65_HS1-834228961_62-HQ-83894_Section_5
Agency: FBI
Page 30
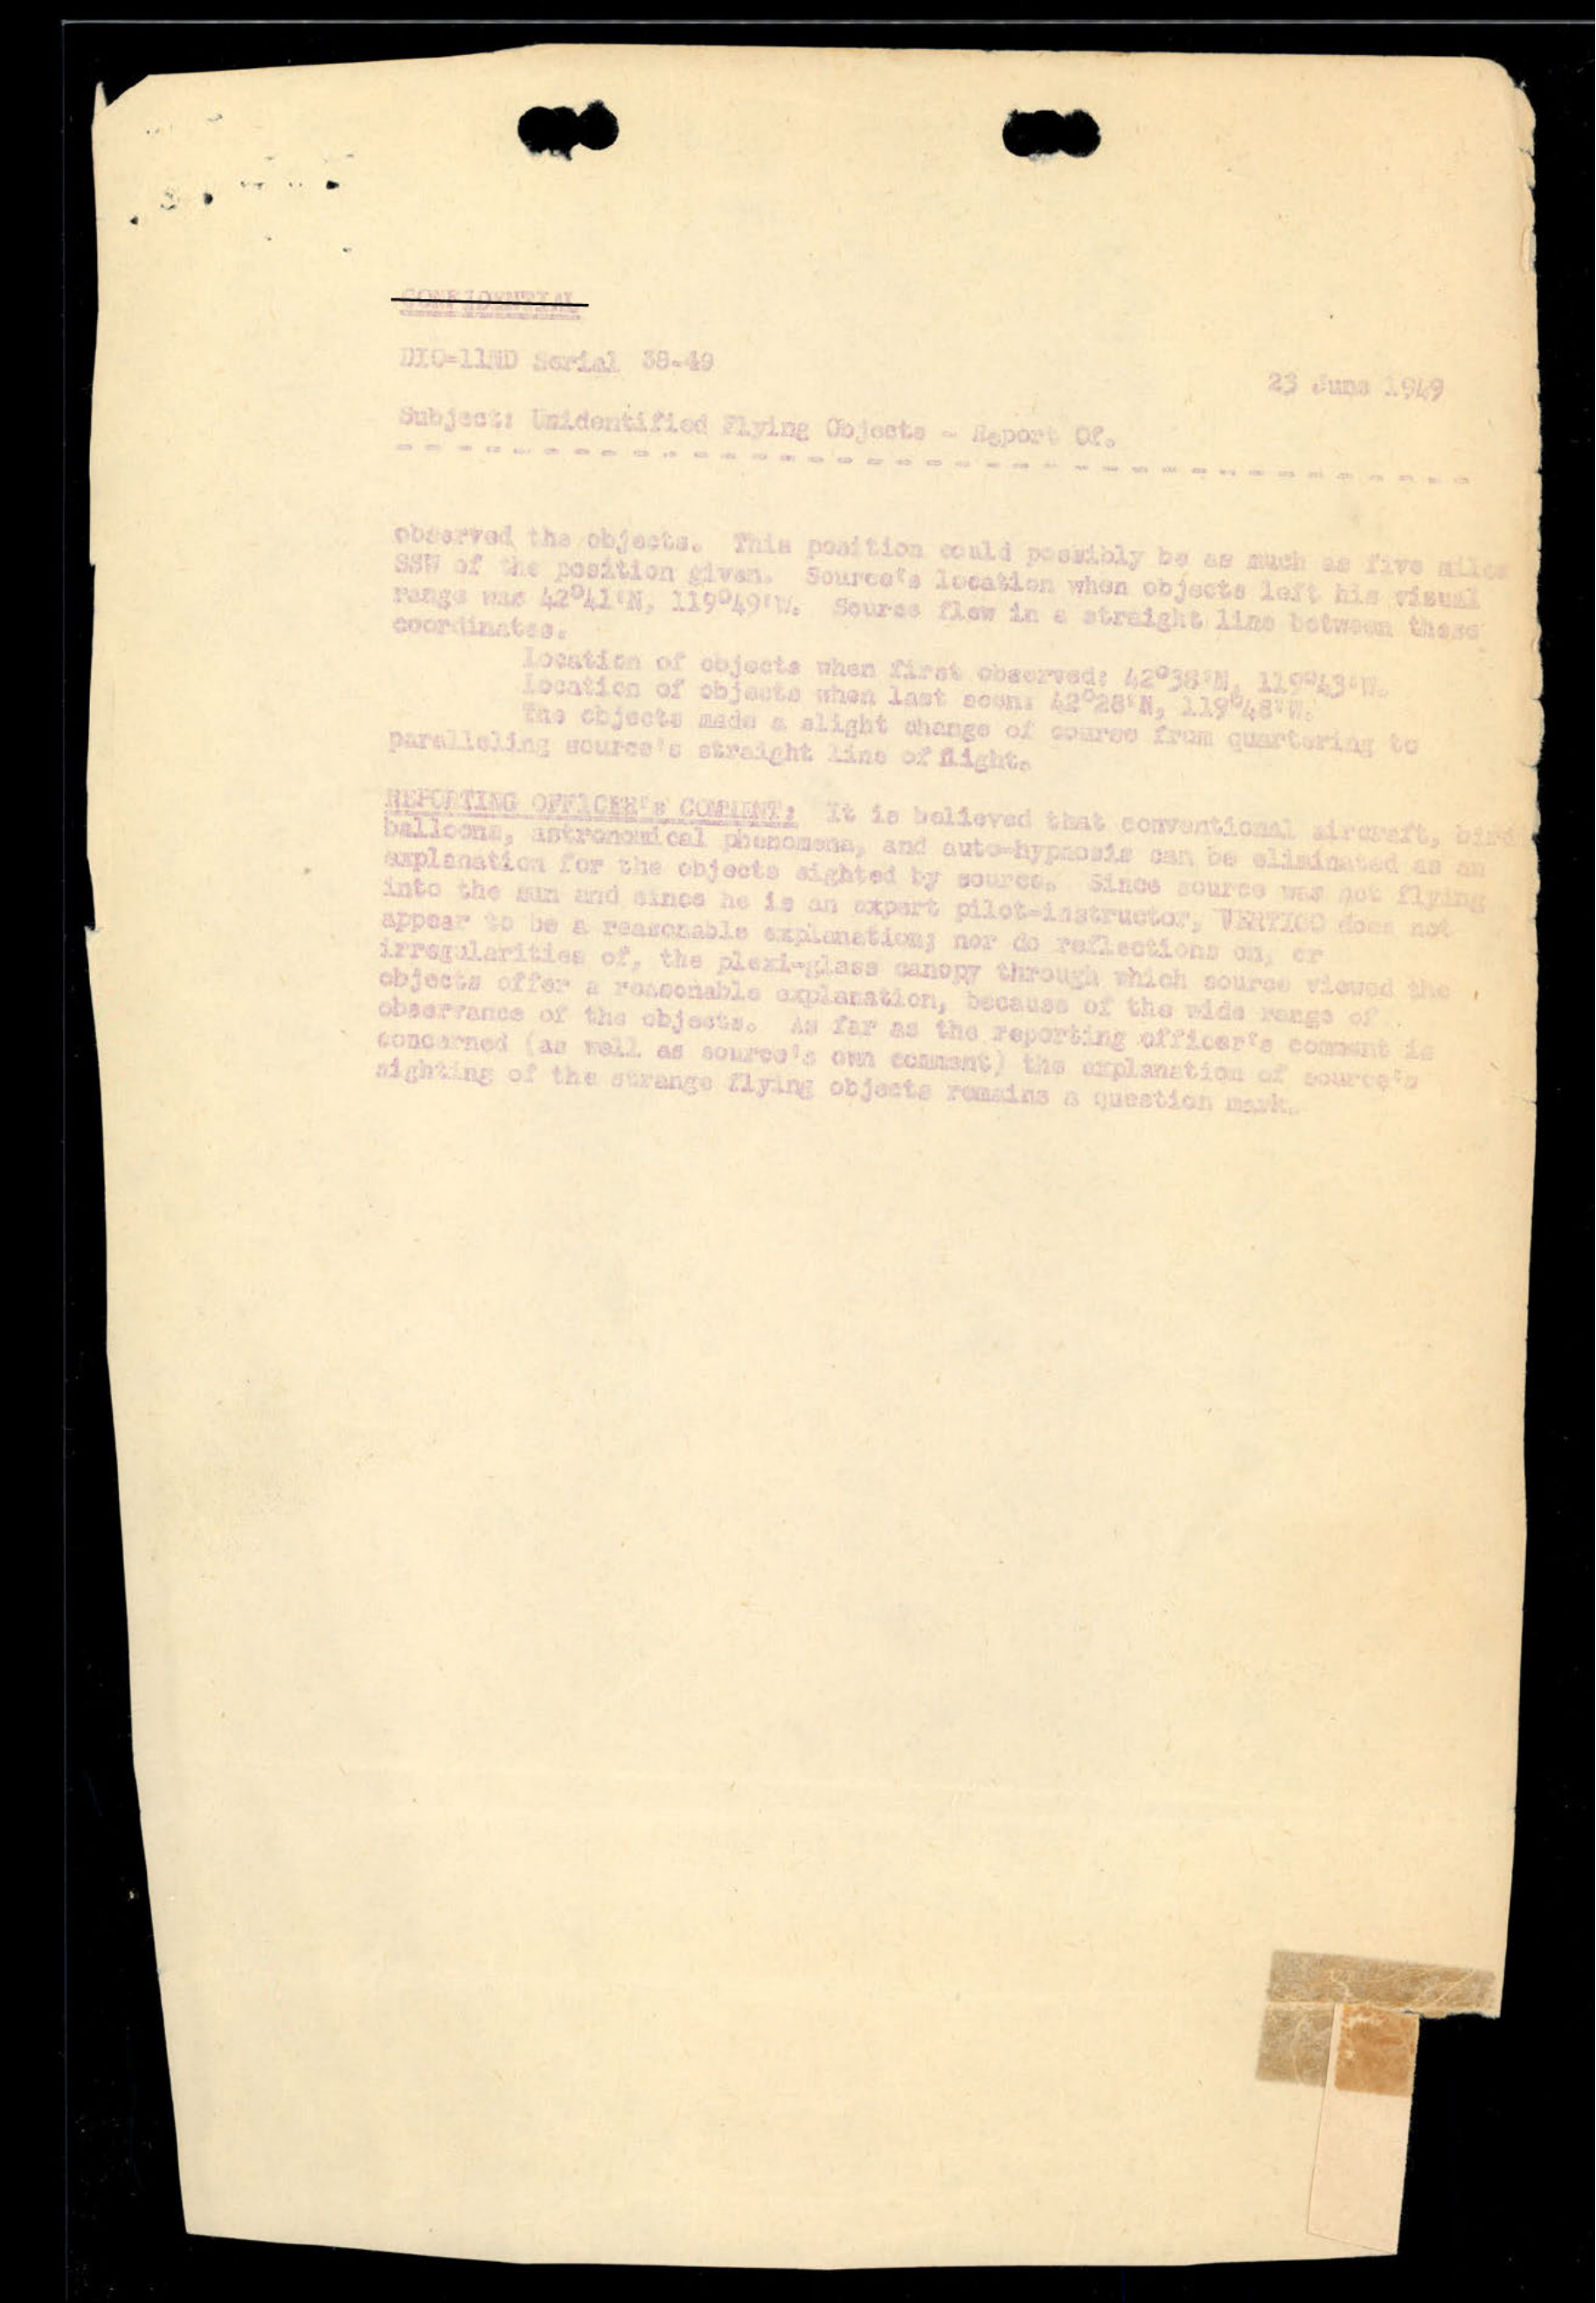